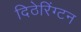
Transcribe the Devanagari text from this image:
दिठेरिंग्टन